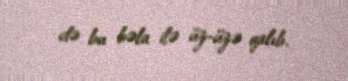
də bu bəla ilə üz-üzə qalıb.